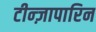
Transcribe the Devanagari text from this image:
टीन्ज़ापारिन